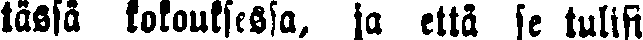
tässä kokouksessa, ja että se tulisi